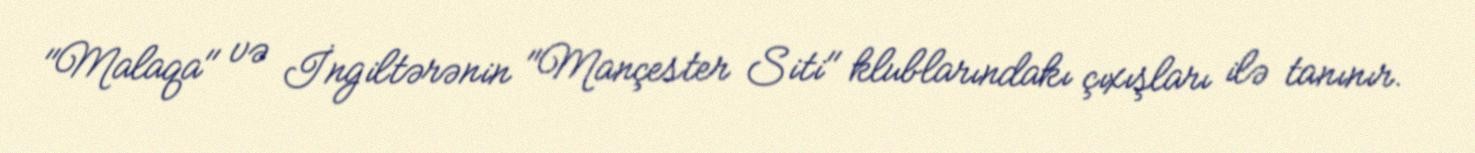
"Malaqa" və İngiltərənin "Mançester Siti" klublarındakı çıxışları ilə tanınır.